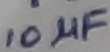
Text: 10µF